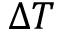
\Delta T